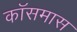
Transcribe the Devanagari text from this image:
कॉसमास